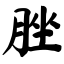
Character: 脞